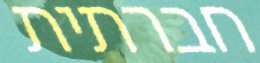
חברתית